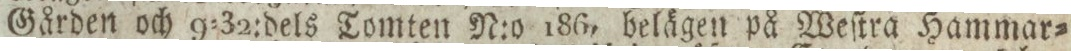
Gården och 9=32:dels Tomten N:o 186, belägen på Weſtra Hammar=